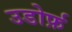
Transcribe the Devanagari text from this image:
उडोर्फ़